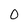
Character: 0